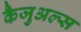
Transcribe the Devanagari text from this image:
कैजुअल्स